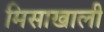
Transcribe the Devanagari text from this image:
मिसाखाली